Indian journal of veterinary science and animal husbandry - Volume 13,
Year: 1943
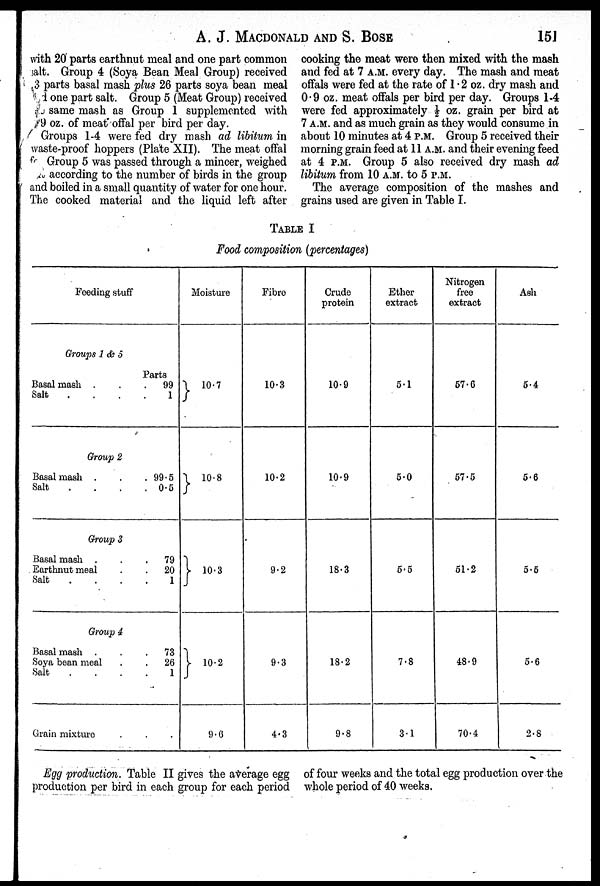
A. J. MACDONALD AND S. BOSE 151
with 20 parts earthnut meal and one part common
salt. Group 4 (Soya Bean Meal Group) received
3 parts basal mash plus 26 parts soya bean meal
and one part salt. Group 5 (Meat Group) received
same mash as Group 1 supplemented with
9 oz. of meat offal per bird per day.
Groups 1-4 were fed dry mash ad libitum in
waste-proof hoppers (Plate XII). The meat offal
for Group 5 was passed through a mincer, weighed
according to the number of birds in the group
and boiled in a small quantity of water for one hour.
The cooked material and the liquid left after
cooking the meat were then mixed with the mash
and fed at 7 A.M. every day. The mash and meat
offals were fed at the rate of 1.2 oz. dry mash and
0.9 oz. meat offals per bird per day. Groups 1-4
were fed approximately ½ oz. grain per bird at
7 A.M. and as much grain as they would consume in
about 10 minutes at 4 P.M. Group 5 received their
morning grain feed at 11 A.M. and their evening feed
at 4 P.M. Group 5 also received dry mash ad
libitum from 10 A.M. to 5 P.M.
The average composition of the mashes and
grains used are given in Table I.
TABLE I
Food composition (percentages)
Feeding stuff
Groups 1 & 5
Basal mash .
.
.
Salt
.
.
.
.
Parts
99
1
Group 2
Basal mash .
.
.
Salt
.
.
.
.
99.5
0.5
Group 3
Basal mash .
.
.
Earthnut meal
.
.
Salt
.
.
.
.
79
20
1
Group 4
Basal mash
Soya bean meal
Salt . . . .
73
26
1
Grain mixture . . .
Moisture
} 10.7
} 10.8
} 10.3
} 10.2
9.6
Fibre
10.3
10.2
9.2
9.3
4.3
Crude
protein
10.9
10.9
18.3
18.2
9.8
Ether
extract
5.1
5.0
5.5
7.8
3.1
Nitrogen
free
extract
57.6
57.5
51.2
48.9
70.4
Ash
5.4
5.6
5.5
5.6
2.8
Egg production. Table II gives the average egg
production per bird in each group for each period
of four weeks and the total egg production over the
whole period of 40 weeks.